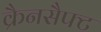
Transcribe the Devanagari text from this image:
क्रैनसैफ्ट